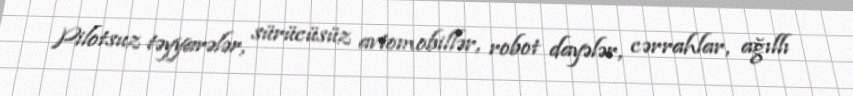
Pilotsuz təyyarələr, sürücüsüz avtomobillər, robot dayələr, cərrahlar, ağıllı